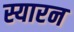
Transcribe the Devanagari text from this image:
स्यारन